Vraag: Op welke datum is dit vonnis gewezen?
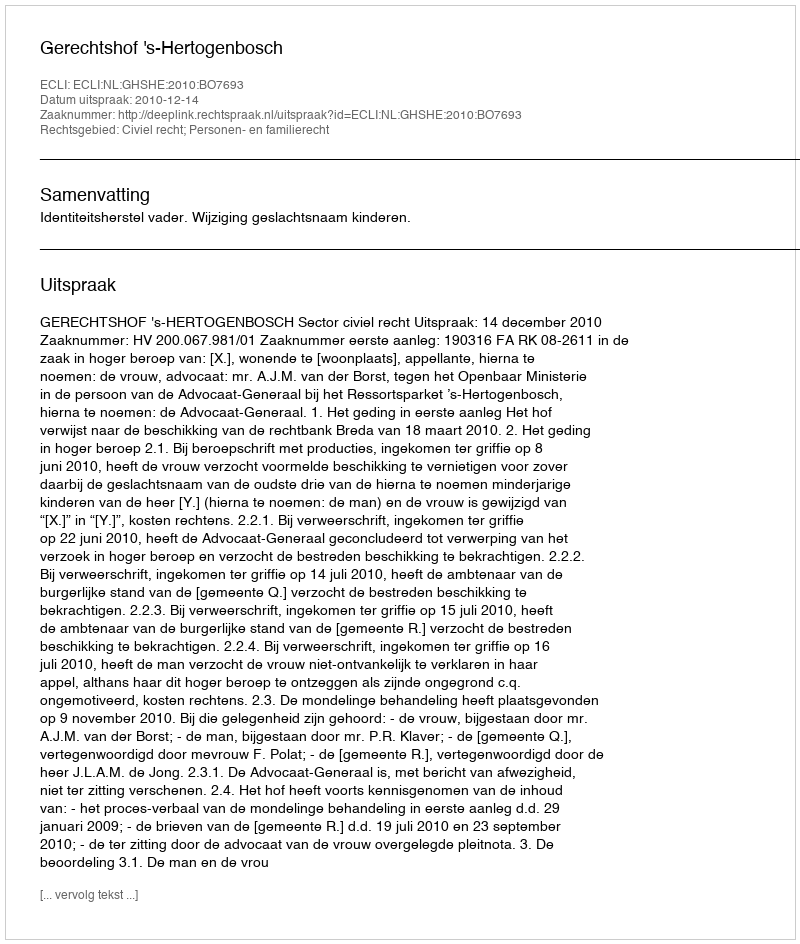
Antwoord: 2010-12-14